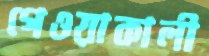
গেওয়াকালী